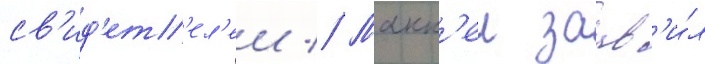
св'ид'ет'ел'еи // Макк'еи заав'и́л